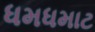
ધમધમાટ